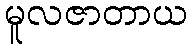
မူလဇာတာယ